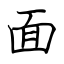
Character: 面